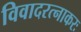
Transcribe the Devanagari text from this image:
विवादरत्नाकरः